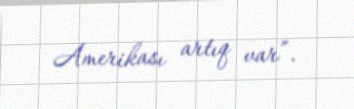
Amerikası artıq var”.